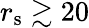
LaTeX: r_{\mathrm{s}}\gtrsim 20